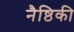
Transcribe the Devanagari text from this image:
नैष्ठिकी